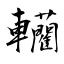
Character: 轥